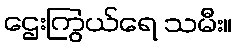
ဌေးကြွယ်ရေ သမီး။